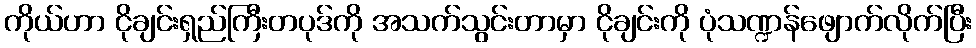
ကိုယ်ဟာ ငိုချင်းရှည်ကြီးတပုဒ်ကို အသက်သွင်းတာမှာ ငိုချင်းကို ပုံသဏ္ဍန်ဖျောက်လိုက်ပြီး